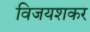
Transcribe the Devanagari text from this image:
विजयशकर